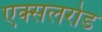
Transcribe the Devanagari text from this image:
एक्सलरोड